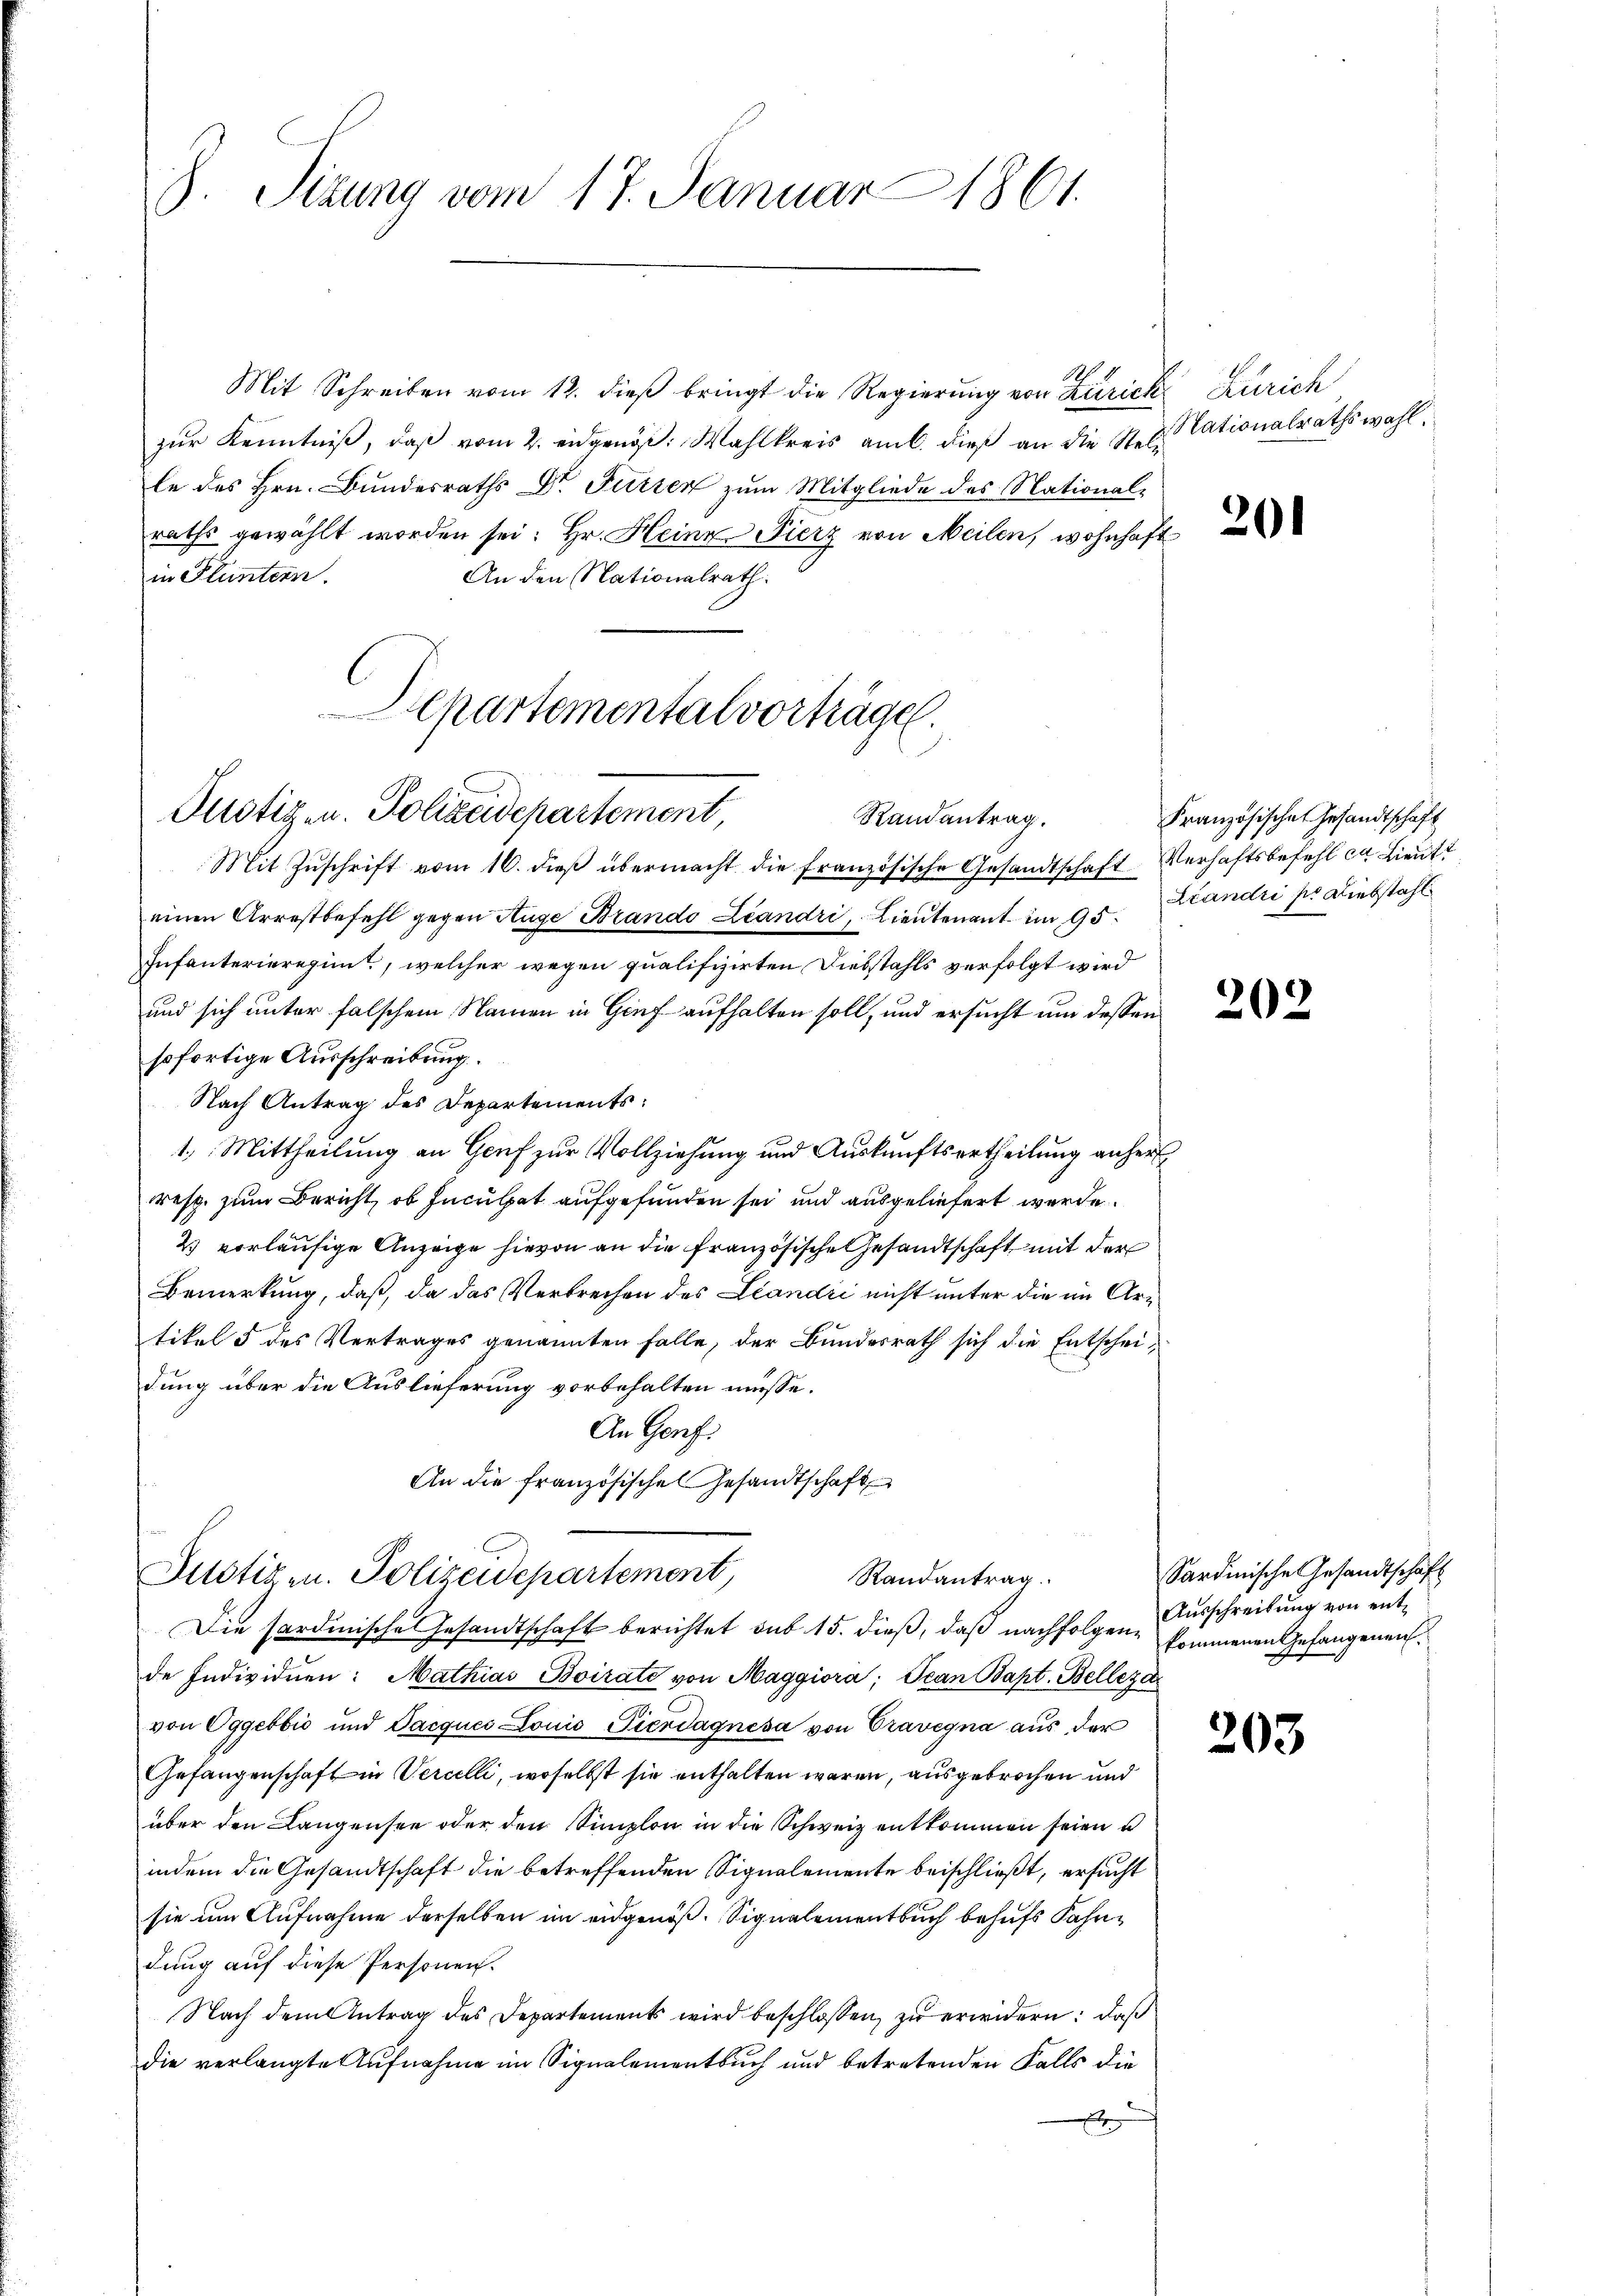
8. Sizung vom 17. Januar 1861.

Mit Schreiben vom 12. dieβ bringt die Regierŭng von Zürich Zürich
zŭr Kenntniβ, daβ vom 2. eidgen. Wahlkreis am l. dieß an die Nellationalrathswahl.
le des Hrn. Bundesraths Dr. Furren zum Mitgliede des National-
raths gewählt worden sei: Hr. Heine Fierz von Meilen, wohnhaft
in Fluntern.
An den Nationalrath.
Separtemental vorträge.

Justiz- u. Polizeidepartement,
Randantrag.

Mit Zŭschrift vom 16. dieβ übermacht die französische Gesandtschaft Verhaftsbefehl ca Lieutt
einen Arrestbefehl gegen Auge Brando Landri, Lieutenant im 95. Ständii p. Diebstahl
Infanterieregimt, welcher wegen qualifizirten Diebstahls verfolgt wird
und sich unter falschem Namen in Genf aufhalten soll, und ersucht um dessen
sofortige Ausschreibung.
Nach Antrag des Departements:
1.) Mittheilung an Genf zur Vollziehung und Auskunftsertheilung anher
resp. zum Bericht, ob Inculpat aufgefunden sei und ausgeliefert werde.
2) vorläufige Anzeige hievon an die französische Gesandtschaft mit der
Bemerkung, daß, da das Verbrechen des Landić nicht unter die im Artikel 5 des Vertrages genannten Falle, der Bundesrath sich die Entscheidung über die Auslieferung vorbehalten müsse.
An Genf.
An die französische Gesandtschaft
Justizen. Polizeidepartement,
Randantrag.
Die sardinische Gesandtschaft berichtet sub 15. dieß, daß nachfolgen kommenen Gefangenen
de Individuen: Mathias Boirate von Maggiora; Jean Bapt. Belleza
von Oggebbić und Pacques Louis Pierdagnesa von Travegna aus der
Gefangenschaft in Vercelli, woselbst sie enthalten waren, ausgebrochen und
über den Langensee oder den Simplon in die Schweiz entkommen seien u
indem die Gesandtschaft die betreffenden Signalemente beischließt, ersucht
sie um Aufnahme derselben im eidgenöß. Signalementbuch behufs Fahndung auf diese Personen.
Nach dem Antrag des Departements wird beschlossen, zu erwidern: daß
die verlangte Aufnahme im Signalementbuch und betretenden Falls die
E

20

Französischen Gesandtschaft

202

Sardinische Gesandtschaft
Ausschreibung von ent¬

203